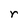
Character: r